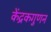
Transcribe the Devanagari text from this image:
केंद्रकगुणन